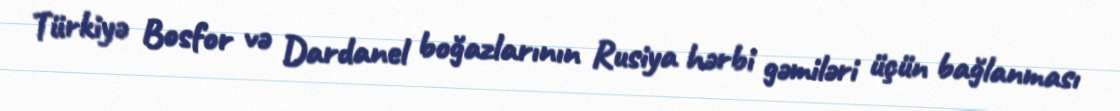
Türkiyə Bosfor və Dardanel boğazlarının Rusiya hərbi gəmiləri üçün bağlanması